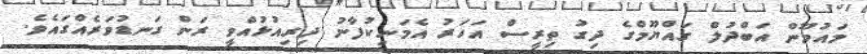
މައުމޫން އަބްދުލް ގައްޔޫމްގެ ދިގު ތިރީސް އަހަރު އެމަނިކުފާނު ދިރިއުޅުއްވީ ރަން ގަނޑުވަރެއްގައެވެ.